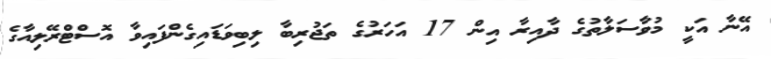
އޭނާ އަކީ މުވާސަލާތުގެ ދާއިރާ އިން 17 އަހަރުގެ ތަޖުރިބާ ލިބިވަޑައިގެންފައިވާ އޮސްޓްރޭލިއާގެ